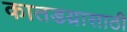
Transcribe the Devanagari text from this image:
कातडय़ासाठी